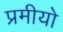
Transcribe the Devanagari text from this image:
प्रमीयो